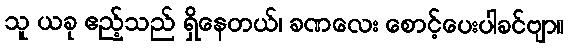
သူ ယခု ဧည့်သည် ရှိနေတယ်၊ ခဏလေး စောင့်ပေးပါခင်ဗျာ။